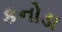
કનોડા